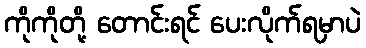
ကိုကိုတို့ တောင်းရင် ပေးလိုက်ရမှာပဲ